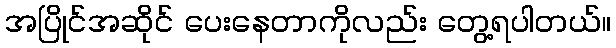
အပြိုင်အဆိုင် ပေးနေတာကိုလည်း တွေ့ရပါတယ်။